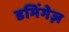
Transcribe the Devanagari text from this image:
डमिंगेज़